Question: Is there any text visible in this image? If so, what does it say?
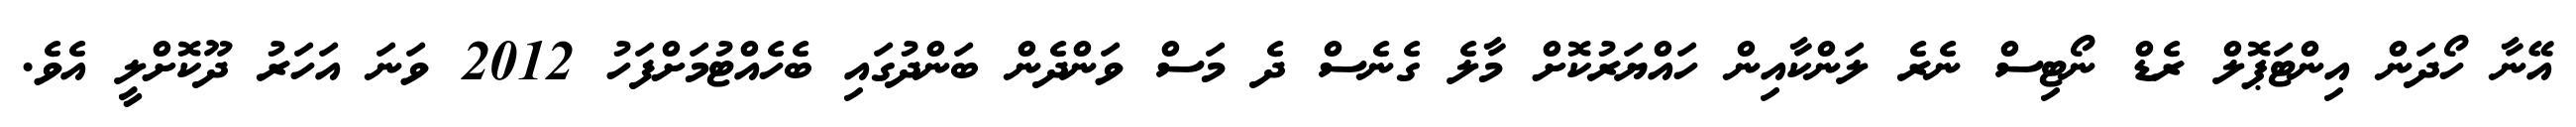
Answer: އޭނާ ހޯދަން އިންޓަޕޮލް ރެޑް ނޯޓިސް ނެރެ ލަންކާއިން ހައްޔަރުކޮށް މާލެ ގެނެސް ދެ މަސް ވަންދެން ބަންދުގައި ބެހެއްޓުމަށްފަހު 2012 ވަނަ އަހަރު ދޫކޮށްލީ އެވެ.